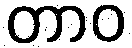
တာဝ